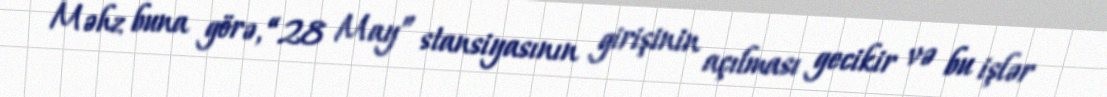
Məhz buna görə, “28 May” stansiyasının girişinin açılması gecikir və bu işlər